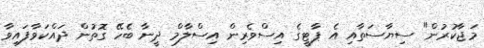
މަޖާކުރުން" ސިޔާސަތާއި އެ ޕާޓީގެ އިސްވެރިން އިސްލާމް ދީނާ ބެހޭ ގޮތުން ދައްކަވާފައިވާ